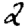
Digit: 2